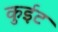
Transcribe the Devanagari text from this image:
कुईट